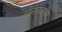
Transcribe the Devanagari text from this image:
मीनंबाक्कम